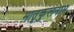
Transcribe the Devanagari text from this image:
मातृकुलनाम